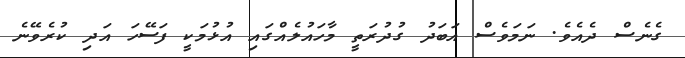
ގެނެސް ދެއެވެ. ނަމަވެސް އަބަދު ގުދުރަތީ މާހައުލެއްގައި އުޅުމަކީ ފަސޭހަ އަދި ކުރެވޭނެ